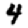
Digit: 4